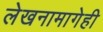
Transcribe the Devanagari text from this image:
लेखनामागेही